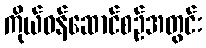
ကိုယ်ဝန်ဆောင်စဉ်အတွင်း